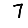
Digit: 7